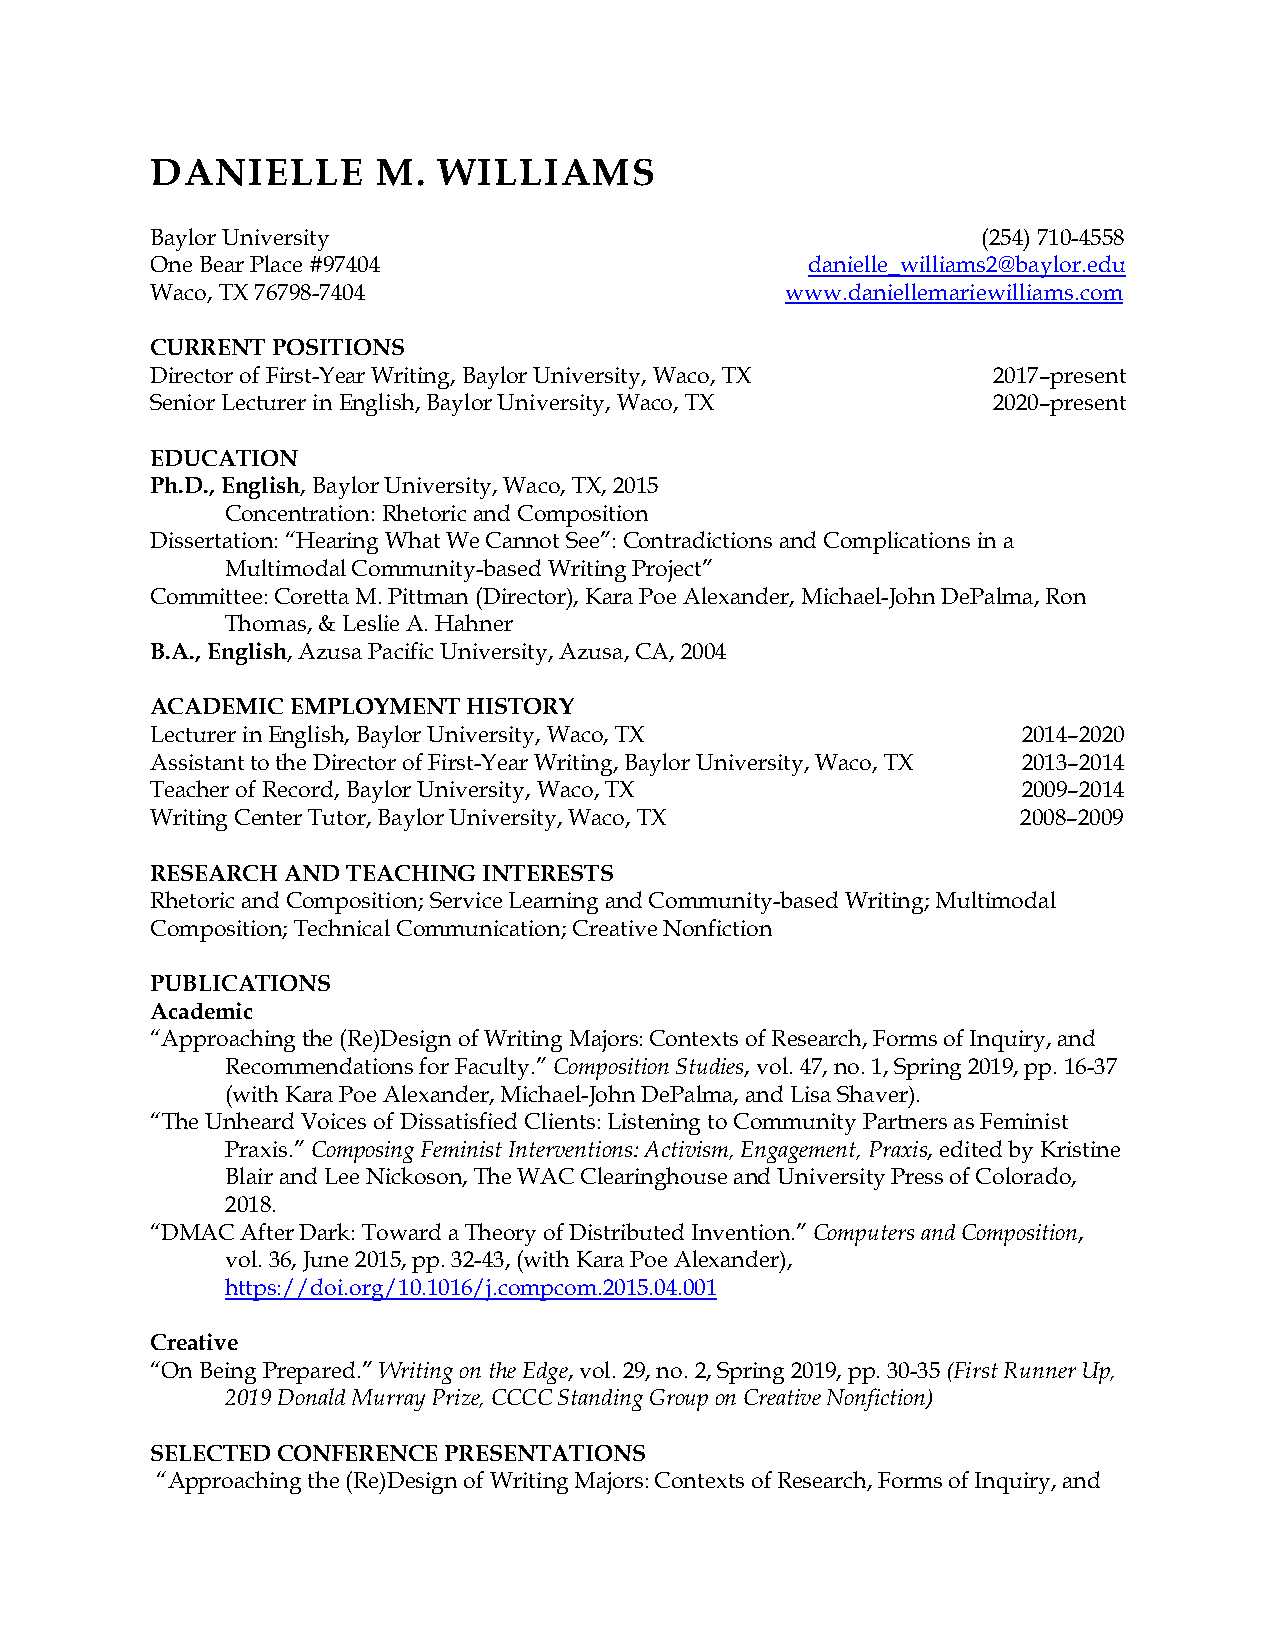
DANIELLE       M.  WILLIAMS
 Baylor University                                      (254) 710-4558
 One Bear Place #97404                       danielle_williams2@baylor.edu
 Waco, TX 76798-7404                       www.daniellemariewilliams.com
 CURRENT POSITIONS
 Director of First-Year Writing, Baylor University, Waco, TX 2017–present
 Senior Lecturer in English, Baylor University, Waco, TX 2020–present
 EDUCATION
 Ph.D., English, Baylor University, Waco, TX, 2015
 Concentration: Rhetoric and Composition
 Dissertation: “Hearing What We Cannot See”: Contradictions and Complications in a
 Multimodal Community-based Writing Project”
 Committee: Coretta M. Pittman (Director), Kara Poe Alexander, Michael-John DePalma, Ron
 Thomas, & Leslie A. Hahner
 B.A., English, Azusa Pacific University, Azusa, CA, 2004
 ACADEMIC EMPLOYMENT  HISTORY
 Lecturer in English, Baylor University, Waco, TX          2014–2020
 Assistant to the Director of First-Year Writing, Baylor University, Waco, TX 2013–2014
 Teacher of Record, Baylor University, Waco, TX            2009–2014
 Writing Center Tutor, Baylor University, Waco, TX         2008–2009
 RESEARCH AND TEACHING INTERESTS
 Rhetoric and Composition; Service Learning and Community-based Writing; Multimodal
 Composition; Technical Communication; Creative Nonfiction
 PUBLICATIONS
 Academic
 “Approaching the (Re)Design of Writing Majors: Contexts of Research, Forms of Inquiry, and
 Recommendations for Faculty.” Composition Studies, vol. 47, no. 1, Spring 2019, pp. 16-37
 (with Kara Poe Alexander, Michael-John DePalma, and Lisa Shaver).
 “The Unheard Voices of Dissatisfied Clients: Listening to Community Partners as Feminist
 Praxis.” Composing Feminist Interventions: Activism, Engagement, Praxis, edited by Kristine
 Blair and Lee Nickoson, The WAC Clearinghouse and University Press of Colorado,
 2018.
 “DMAC After Dark: Toward a Theory of Distributed Invention.” Computers and Composition,
 vol. 36, June 2015, pp. 32-43, (with Kara Poe Alexander),
 https://doi.org/10.1016/j.compcom.2015.04.001
 Creative
 “On Being Prepared.” Writing on the Edge, vol. 29, no. 2, Spring 2019, pp. 30-35 (First Runner Up,
 2019 Donald Murray Prize, CCCC Standing Group on Creative Nonfiction)
 SELECTED CONFERENCE PRESENTATIONS
 “Approaching the (Re)Design of Writing Majors: Contexts of Research, Forms of Inquiry, and